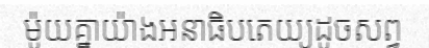
ម៉ូយគ្នាយ៉ាងអនាធិបតេយ្យដូចសព្វ